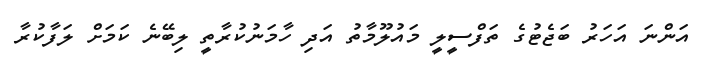
އަންނަ އަހަރު ބަޖެޓުގެ ތަފްސީލީ މައުލޫމާތު އަދި ހާމަނުކުރާތީ ލިބޭނެ ކަމަށް ލަފާކުރާ